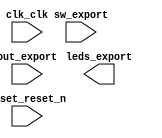

module niosHello (
	clk_clk,
	leds_export,
	reset_reset_n,
	sw_export,
	but_export);	

	input		clk_clk;
	output	[5:0]	leds_export;
	input		reset_reset_n;
	input	[3:0]	sw_export;
	input		but_export;
endmodule